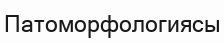
Патоморфологиясы